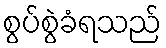
စွပ်စွဲခံရသည်